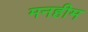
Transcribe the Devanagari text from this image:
मनहीम